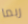
ربما